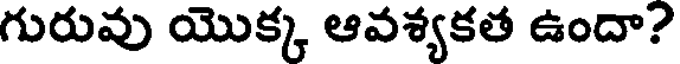
గురువు యొక్క ఆవశ్యకత ఉందా?